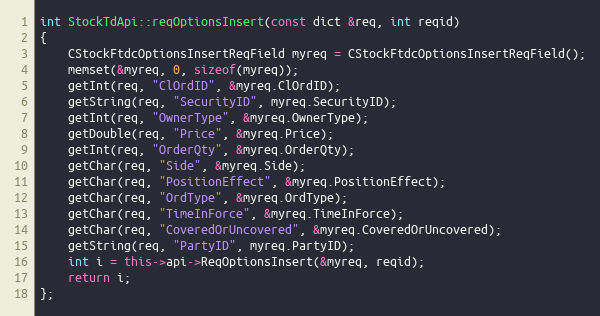
Language: C++
int StockTdApi::reqOptionsInsert(const dict &req, int reqid)
{
	CStockFtdcOptionsInsertReqField myreq = CStockFtdcOptionsInsertReqField();
	memset(&myreq, 0, sizeof(myreq));
	getInt(req, "ClOrdID", &myreq.ClOrdID);
	getString(req, "SecurityID", myreq.SecurityID);
	getInt(req, "OwnerType", &myreq.OwnerType);
	getDouble(req, "Price", &myreq.Price);
	getInt(req, "OrderQty", &myreq.OrderQty);
	getChar(req, "Side", &myreq.Side);
	getChar(req, "PositionEffect", &myreq.PositionEffect);
	getChar(req, "OrdType", &myreq.OrdType);
	getChar(req, "TimeInForce", &myreq.TimeInForce);
	getChar(req, "CoveredOrUncovered", &myreq.CoveredOrUncovered);
	getString(req, "PartyID", myreq.PartyID);
	int i = this->api->ReqOptionsInsert(&myreq, reqid);
	return i;
};